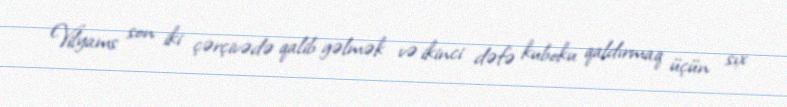
Vilyams son iki çərçivədə qalib gəlmək və ikinci dəfə kuboku qaldırmaq üçün sıx